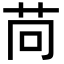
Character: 苘